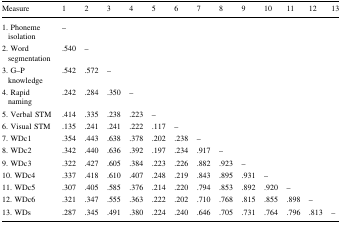
| Measure | 1 | 2 | 3 | 4 | 5 | 6 | 7 | 8 | 9 | 10 | 11 | 12 | 13 |
 | --- | --- | --- | --- | --- | --- | --- | --- | --- | --- | --- | --- | --- | --- |
 | 1. Phoneme isolation | – |  |  |  |  |  |  |  |  |  |  |  |  |
 | 2. Word segmentation | .540 | – |  |  |  |  |  |  |  |  |  |  |  |
 | 3. G–P knowledge | .542 | .572 | – |  |  |  |  |  |  |  |  |  |  |
 | 4. Rapid naming | .242 | .284 | .350 | – |  |  |  |  |  |  |  |  |  |
 | 5. Verbal STM | .414 | .335 | .238 | .223 | – |  |  |  |  |  |  |  |  |
 | 6. Visual STM | .135 | .241 | .241 | .222 | .117 | – |  |  |  |  |  |  |  |
 | 7. WDc1 | .354 | .443 | .638 | .378 | .202 | .238 | – |  |  |  |  |  |  |
 | 8. WDc2 | .342 | .440 | .636 | .392 | .197 | .234 | .917 | – |  |  |  |  |  |
 | 9. WDc3 | .322 | .427 | .605 | .384 | .223 | .226 | .882 | .923 | – |  |  |  |  |
 | 10. WDc4 | .337 | .418 | .610 | .407 | .248 | .219 | .843 | .895 | .931 | – |  |  |  |
 | 11. WDc5 | .307 | .405 | .585 | .376 | .214 | .220 | .794 | .853 | .892 | .920 | – |  |  |
 | 12. WDc6 | .321 | .347 | .555 | .363 | .222 | .202 | .710 | .768 | .815 | .855 | .898 | – |  |
 | 13. WDs | .287 | .345 | .491 | .380 | .224 | .240 | .646 | .705 | .731 | .764 | .796 | .813 | – |